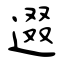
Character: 逫